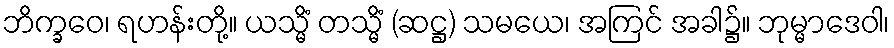
ဘိက္ခဝေ၊ ရဟန်းတို့။ ယသ္မိံ တသ္မိံ (ဆဋ္ဌ) သမယေ၊ အကြင် အခါ၌။ ဘုမ္မာဒေဝါ၊